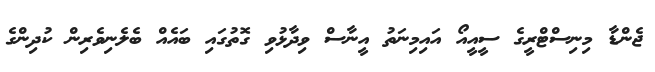
ޖެންޑާ މިނިސްޓްރީގެ ސީއީއޯ އައިމިނަތު އީނާސް ވިދާޅުވި ގޮތުގައި ބައެއް ބެލެނިވެރިން ކުދިންގެ